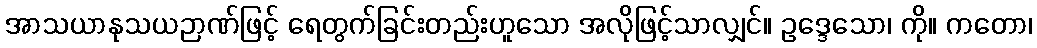
အာသယာနုသယဉာဏ်ဖြင့် ရေတွက်ခြင်းတည်းဟူသော အလိုဖြင့်သာလျှင်။ ဥဒ္ဒေသော၊ ကို။ ကတော၊